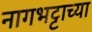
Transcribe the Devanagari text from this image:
नागभट्टाच्या